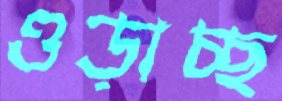
ওড়াচ্ছ